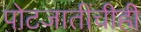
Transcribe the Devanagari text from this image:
पोटजातींचीही